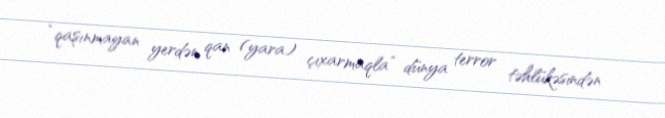
“qaşınmayan yerdən qan (yara) çıxarmaqla” dünya terror təhlükəsindən